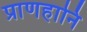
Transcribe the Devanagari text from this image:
प्राणहानि